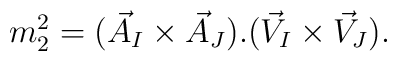
m_2^2 = (\vec{A}_I \times \vec{A}_J ). (\vec{V}_I \times \vec{V}_J).